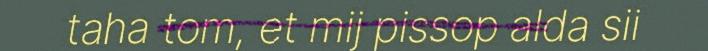
taha tom, et mij pissop alda sii